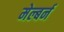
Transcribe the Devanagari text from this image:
मेल्बर्न